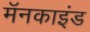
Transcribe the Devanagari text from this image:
मॅनकाइंड